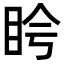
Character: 𬑌